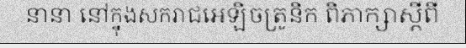
នានា នៅក្នុងសករាជអេឡិចត្រូនិក ពិភាក្សាស្តីពី